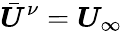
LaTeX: \bar{\boldsymbol{U}}^{\nu}=\boldsymbol{U}_{\infty}